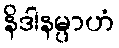
နိဒါနမ္ပာဟံ